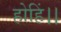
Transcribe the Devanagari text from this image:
होहिं।।